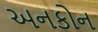
અનકોન